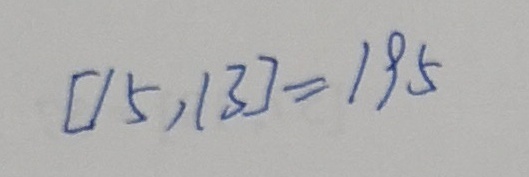
[ 1 5 , 1 3 ] = 1 9 5